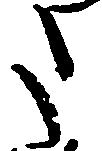
た